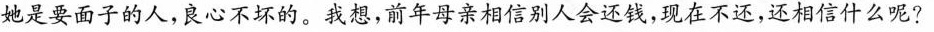
她是要面子的人，良心不坏的。我想，前年母亲相信别人会还钱，现在不还，还相信什么呢?